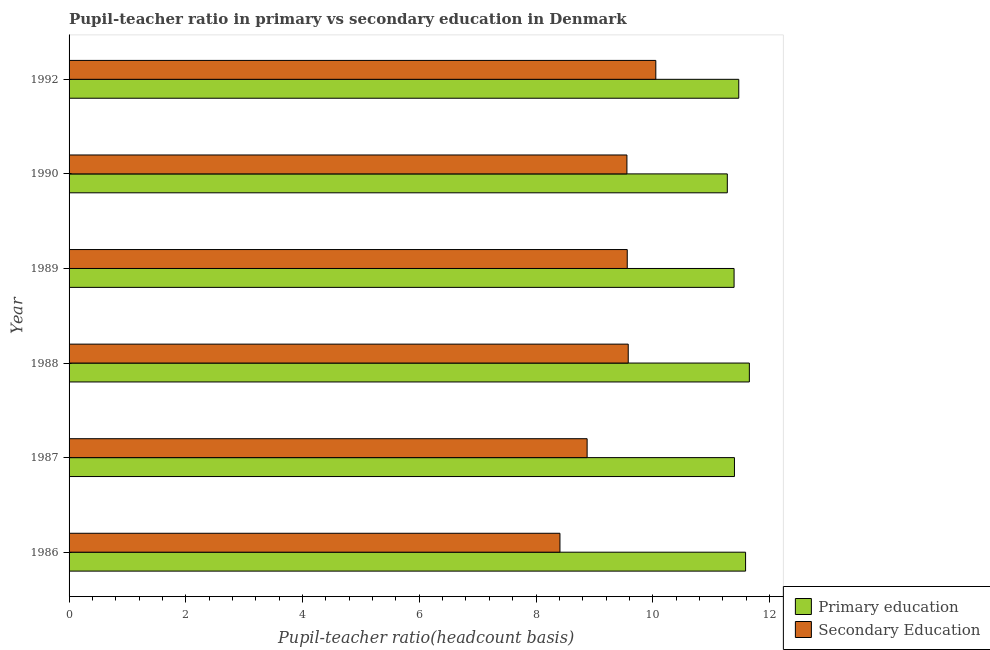
| Year | Primary education | Secondary Education |
 | --- | --- | --- |
 | 1986 | 11.6 | 8.41 |
 | 1987 | 11.4 | 8.88 |
 | 1988 | 11.7 | 9.58 |
 | 1989 | 11.4 | 9.56 |
 | 1990 | 11.3 | 9.56 |
 | 1992 | 11.5 | 10.1 |